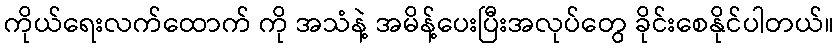
ကိုယ်ရေးလက်ထောက် ကို အသံနဲ့ အမိန့်ပေးပြီးအလုပ်တွေ ခိုင်းစေနိုင်ပါတယ်။